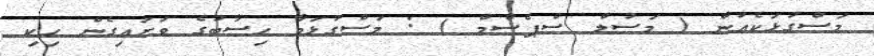
މަސްގުޅަކެއުން ( މަސުލް ސްޕެސްމް ) : މަސްގުޅަވާ ހިސާބުގެ ވަށައިގެން ހިކި